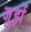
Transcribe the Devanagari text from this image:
जूझें